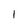
Character: 1